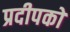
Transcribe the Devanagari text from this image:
प्रदीपकों